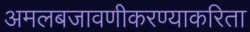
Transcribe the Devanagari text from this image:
अमलबजावणीकरण्याकरिता